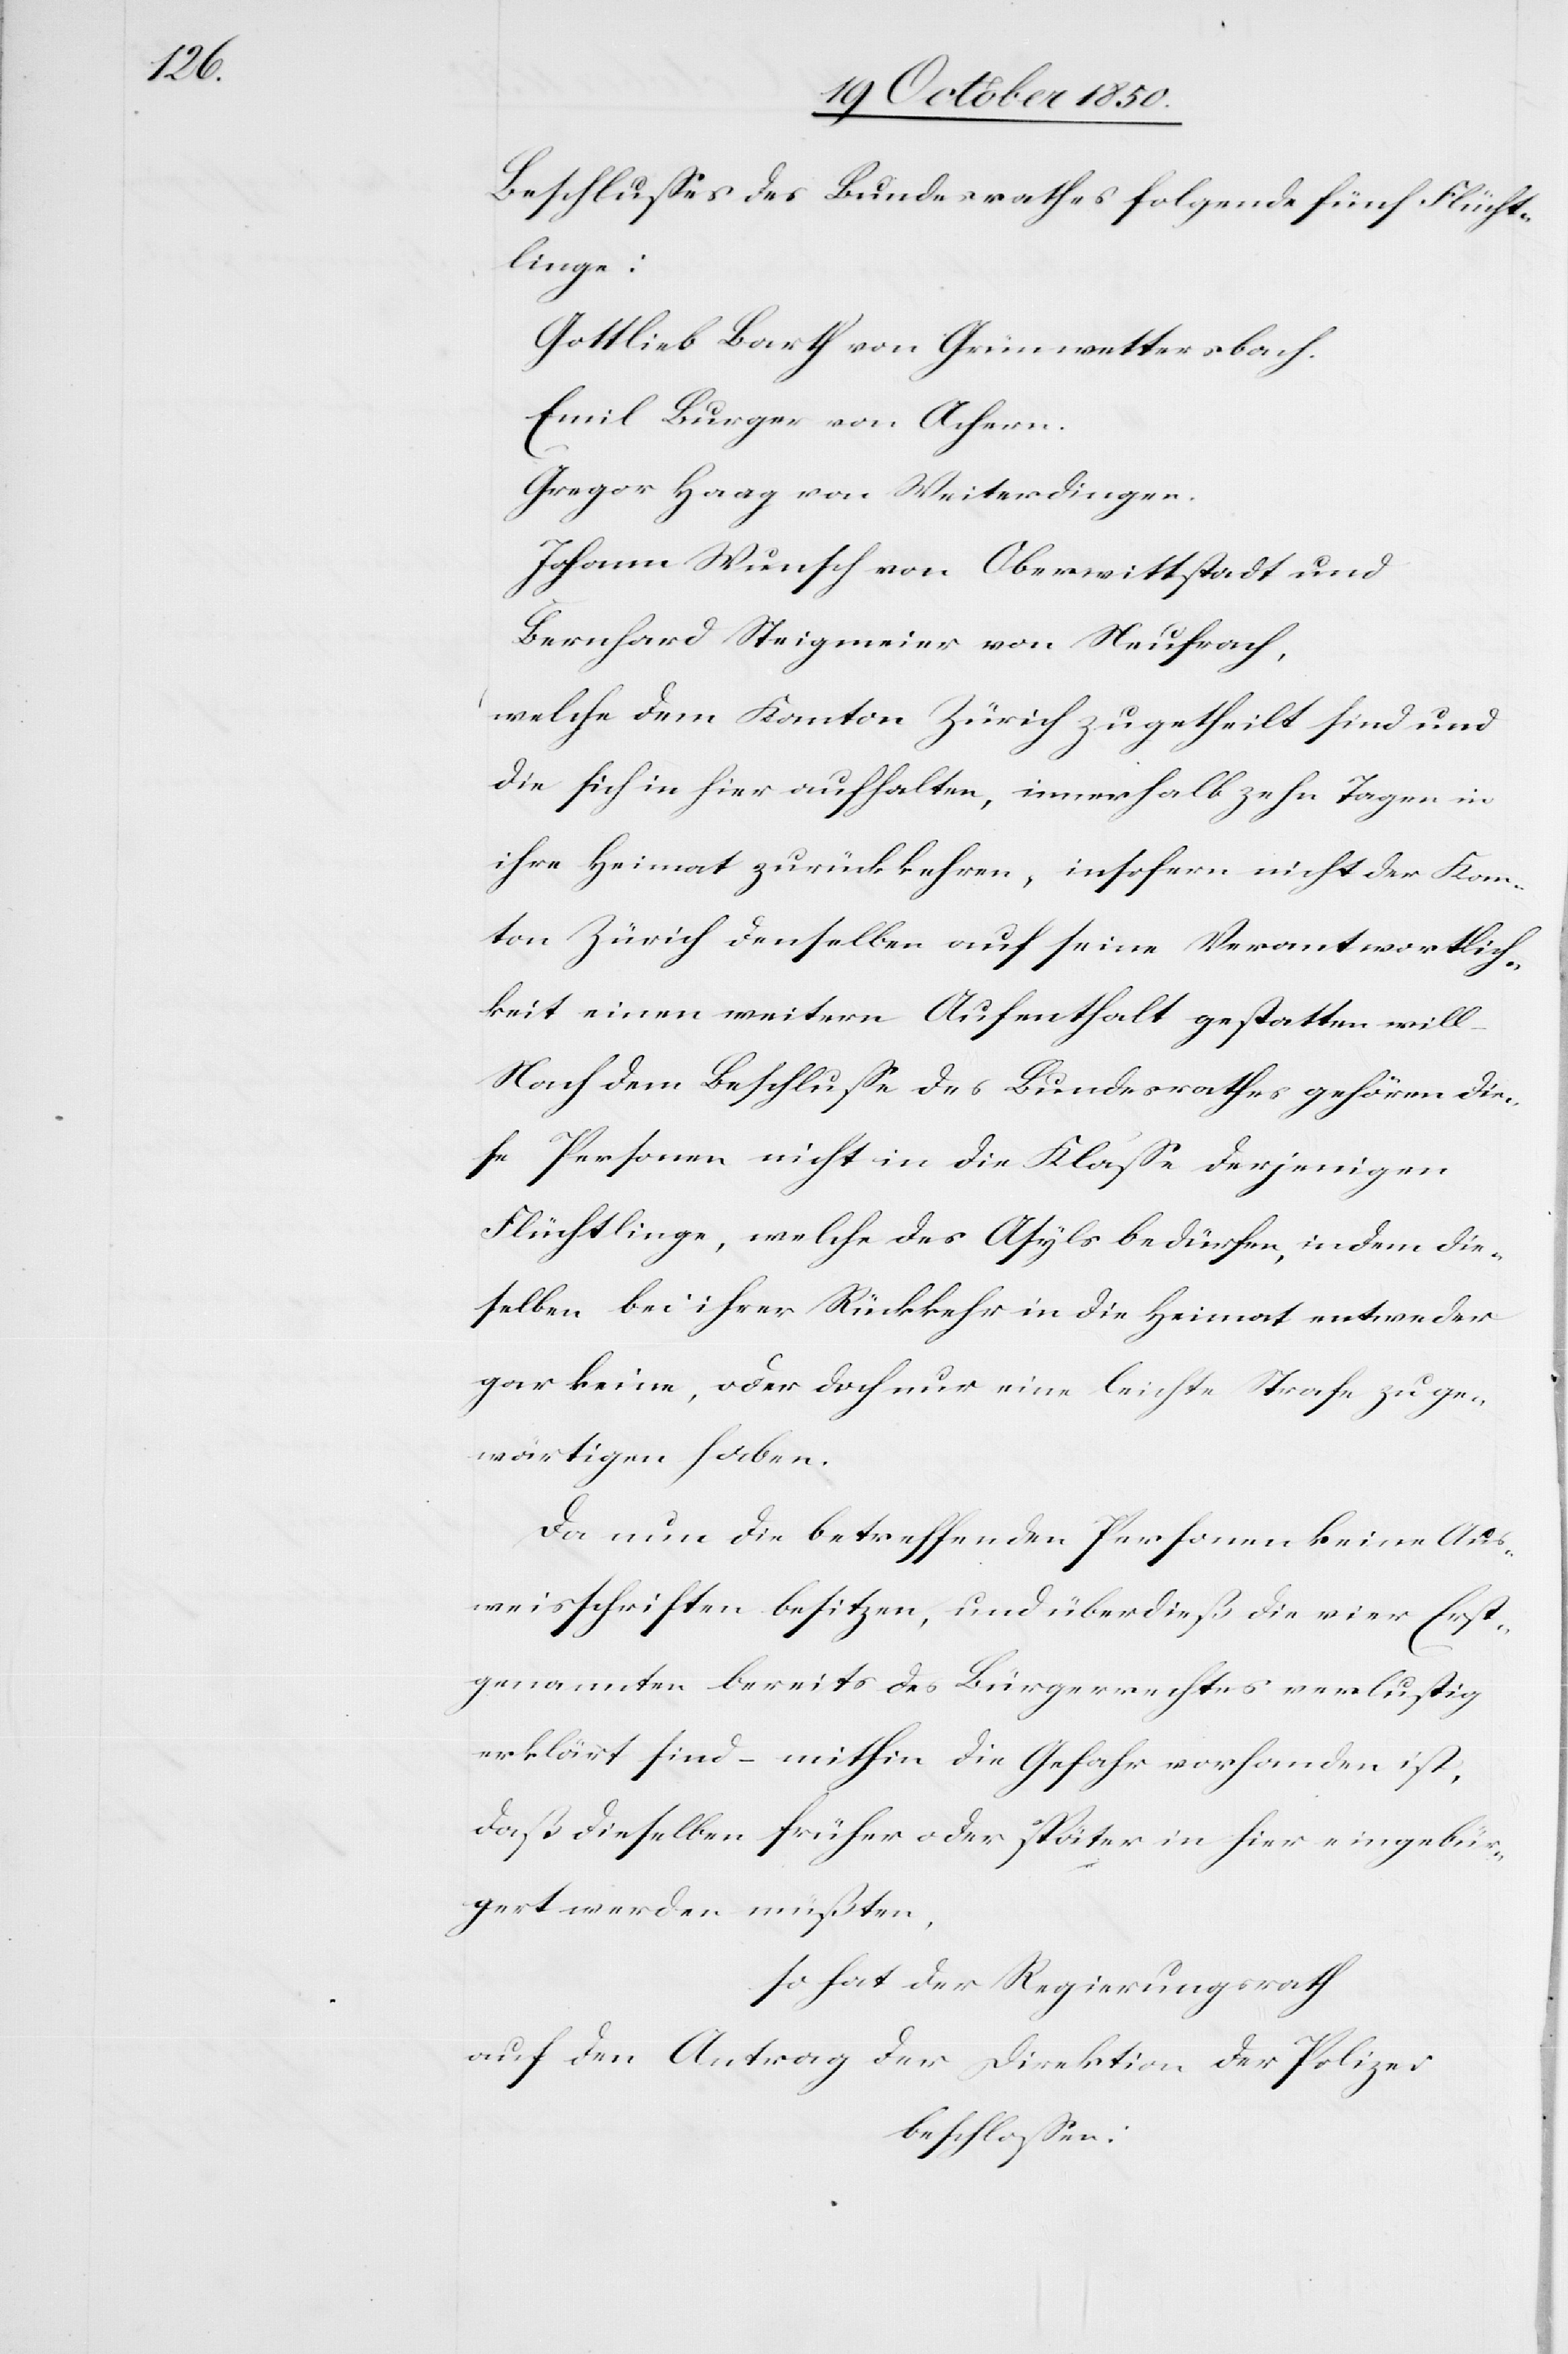
Beschlusses des Bundesrathes folgende fünf Flücht¬
linge:
Gottlieb Barth von Grünwettersbach.
Emil Burger von Achern.
Gregor Haag von Weiterdingen.
Johann Wunsch von Oberwittstadt und
Bernhard Steigmeier von Neufrach,
welche dem Kanton Zürich zugetheilt sind und
die sich in hier aufhalten, innerhalb zehn Tagen in
ihre Heimat zurückkehren, insofern nicht der Kan¬
ton Zürich denselben auf seine Verantwortlich¬
keit einen weitern Aufenthalt gestatten will
Nach dem Beschlusse des Bundesrathes gehören die¬
se Personen nicht in die Klasse derjenigen
Flüchtlinge, welche des Asyls bedürfen, indem die¬
selben bei ihrer Rückkehr in die Heimat entweder
gar keine, oder doch nur eine leichte Strafe zu ge¬
wärtigen haben.
Da nun die betreffenden Petenten keine Aus¬
weisschriften besitzen, und überdieß die vier Erst¬
genannten bereits des Bürgerrechtes verlustig
erklärt sind – mithin die Gefahr vorhanden ist,
daß dieselben früher oder später in hier eingebür¬
gert werden müßten,
so hat der Regierungsrath
auf den Antrag der Direktion der Polizei
beschlossen: